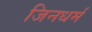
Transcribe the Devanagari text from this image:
जिनधर्म